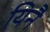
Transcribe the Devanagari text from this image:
यिनै